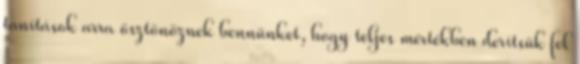
tanítások arra ösztönöznek bennünket, hogy teljes mértékben derítsük fel